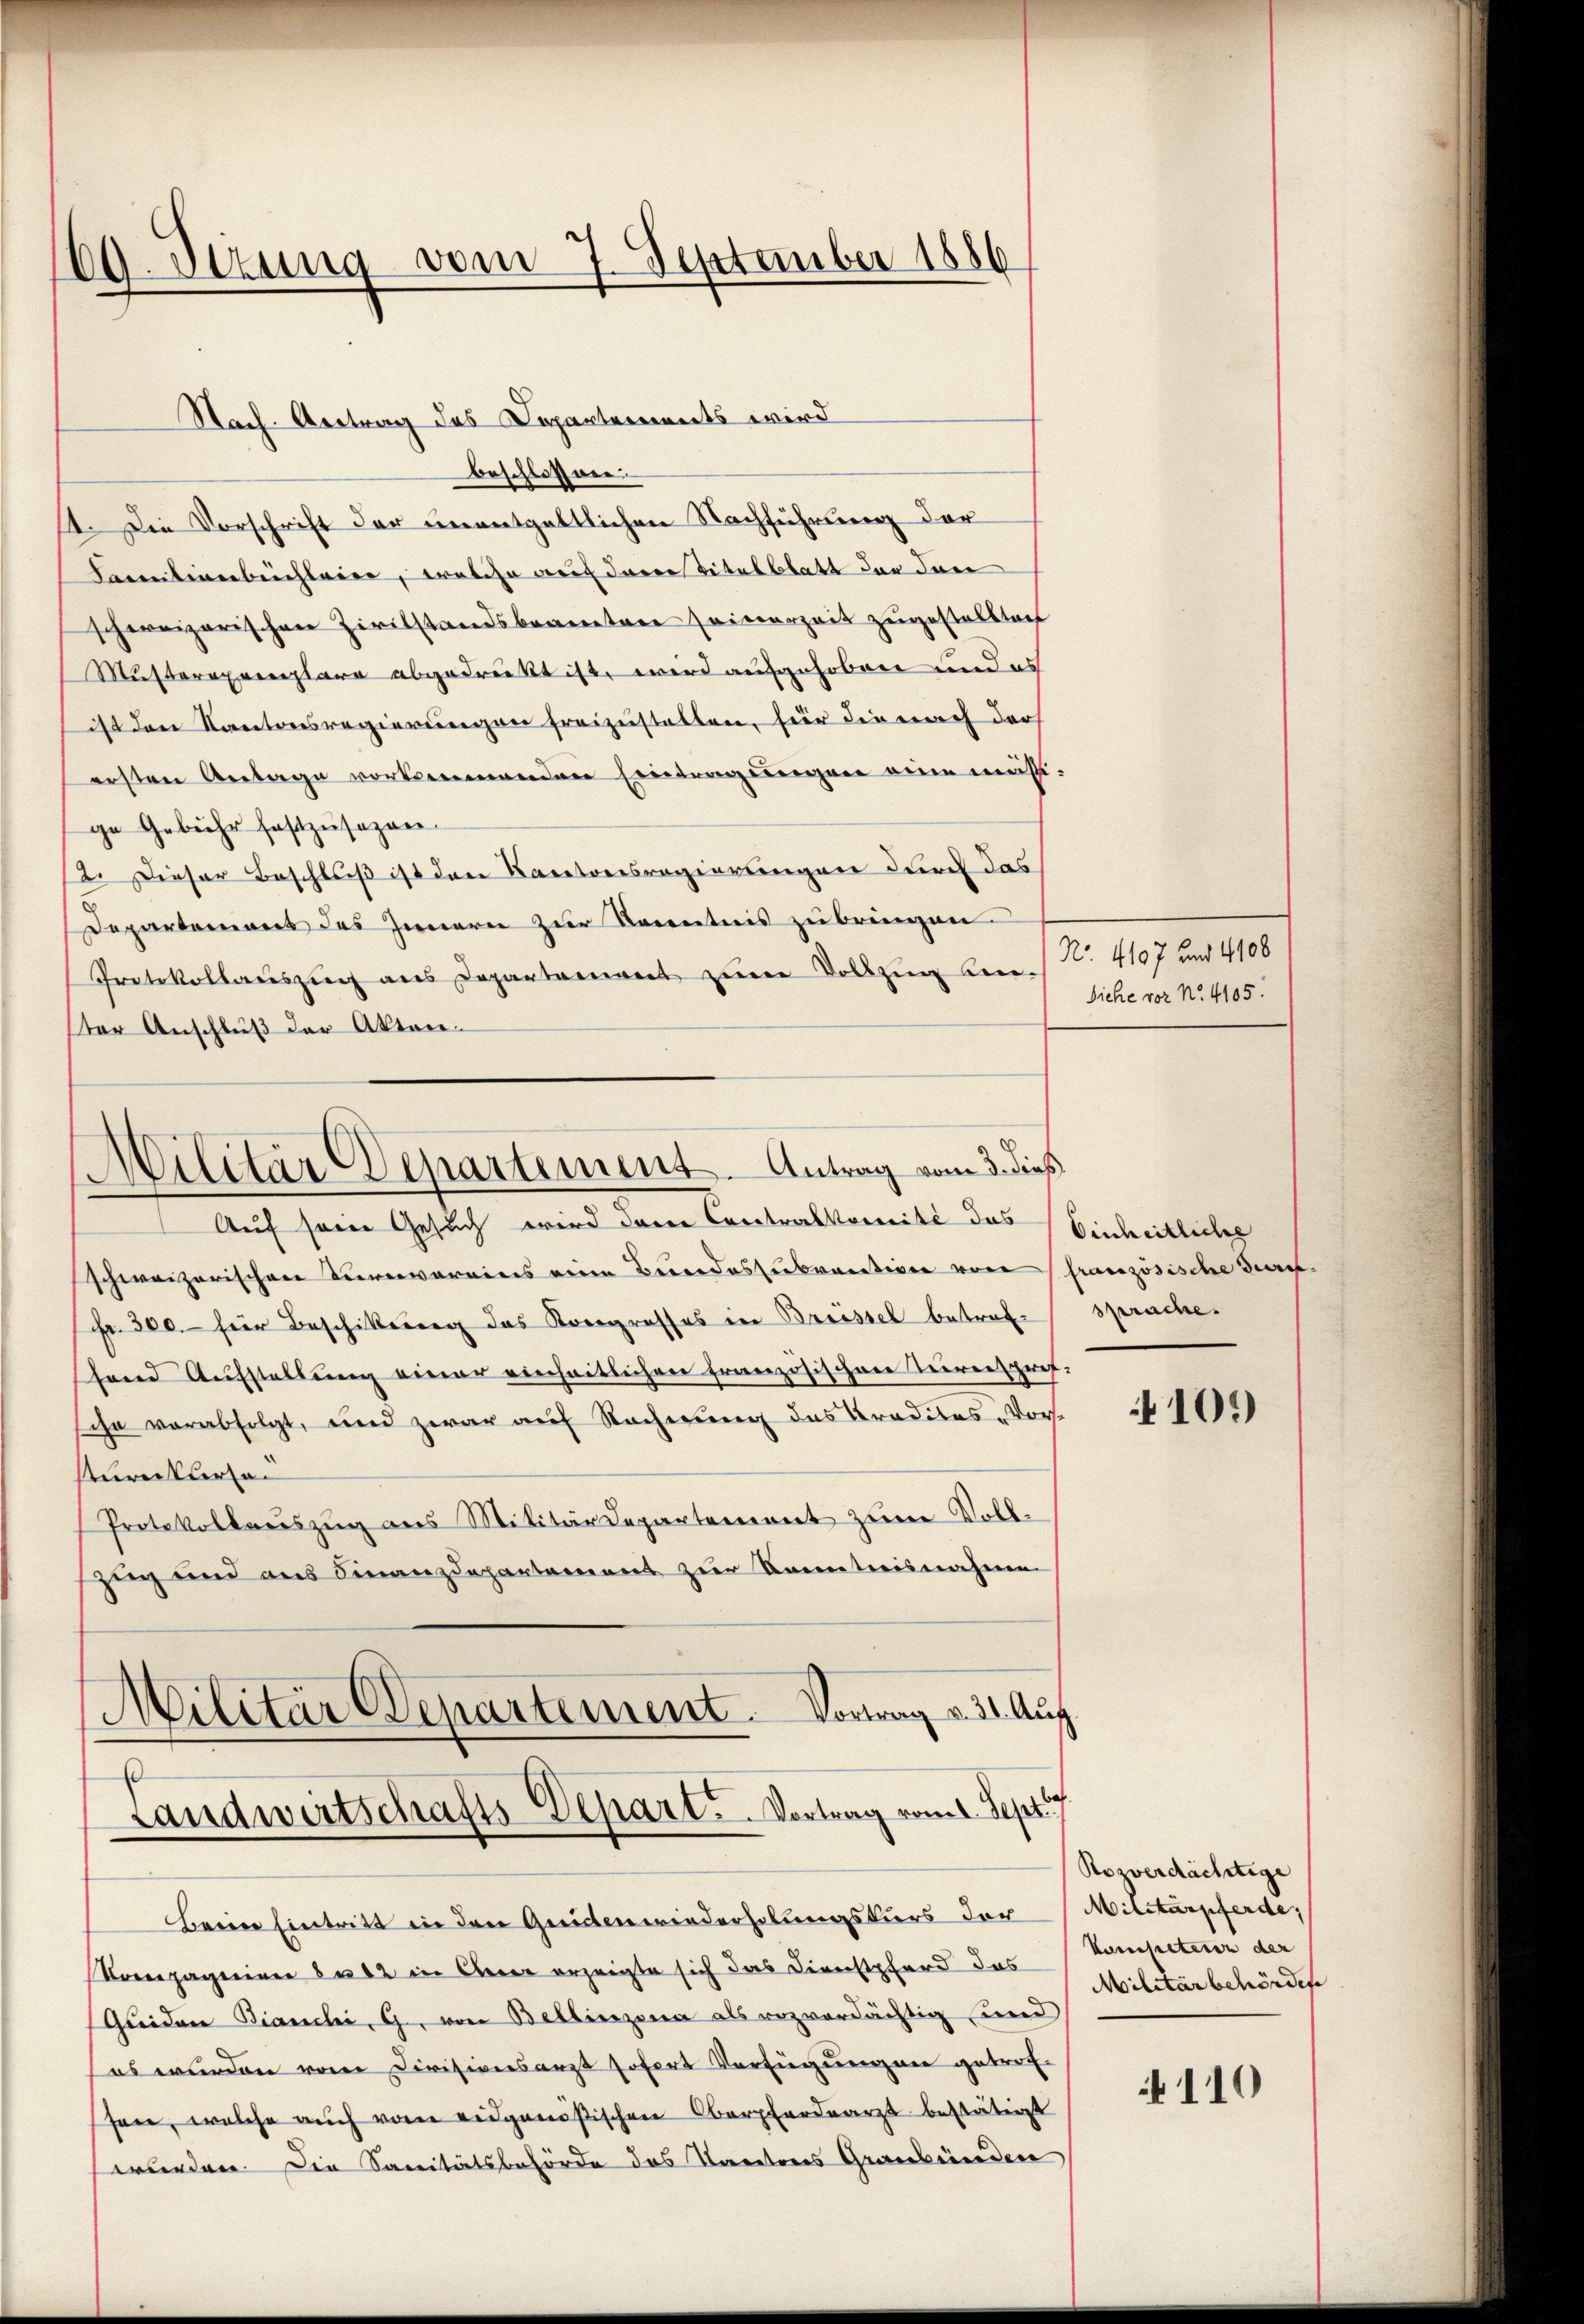
69. Sezung vom 7. September 1886

beschlossnen.
14. Die Vorschrift der unentgeltlichen Nachführung der
Lamentinenbeichleier, welche auf deren Titelblatt der dan
schweizerischen Zivilstandsbeamten seinerzeit zugestellten
Musterexemplare abgedruckt ist, wird aufgehoben und es
ist den Kantonsregierungen freizustellen, für die nach der
ersten Antage vorkommenden Eintragungen eine müsst.
ge Gebühr festzusagen.
2. Dieser Beschluß ist den Kantonsregierungen durch das
Departemens des Innern zur Kenntnis zu bringen
Protokollaŭszŭg ans Departament zŭm Vollzug ben. N. 4107 und 4100
ster Anschluß der Akten¬
Militär Departement. Antrag vom 3. dieß

Nach Antrag des Departements wird

Siche vor No. 4105.

Auf seine Gesuch wird dann Contralkomite das Einheitlicher
schweizerischen Kurvereins eine Beweideszubractiven von französische die¬
Fr. 300. für Beschikung das Korrgrosses in Breissel betref- sprache.
hend Aufstellung einer einheitlichen französischen Vereisprefsche verabfolgt, und zwar auf Rechnung des Traditas - Vorsturnkurse
Protokollauszug aus Militärdepartement zum Voll¬
Zug und aus Finanzdepartement zur Kenntnisnahmen
Militär Departement. Vortrag v. 31. Aug.
s
Landwirtschafts-Depart. Vortrag vom 1. Sept.
Beim Eintritt in den Geistenwiederholungskurs der Militärpferde,
Kompagnien 8 u. 12 in Oberer erzeigte sich das Dienstpferd das Kompeteien der
Geiden Bianchi, G., von Bellinzona als rozverdächtig und
es wurden vom Divisionsarzt sofort Verfügungen getrefsen, welche auch vom eidgenößischen Oberfordearzt bestätigt
wurden. Die Sanitätsbehörde das Tareteres Graubünden

109)

Rorverdächtige
Militärbehörder

110